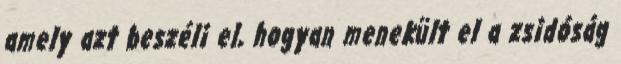
amely azt beszéli el, hogyan menekült el a zsidóság